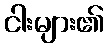
ငါးများ၏